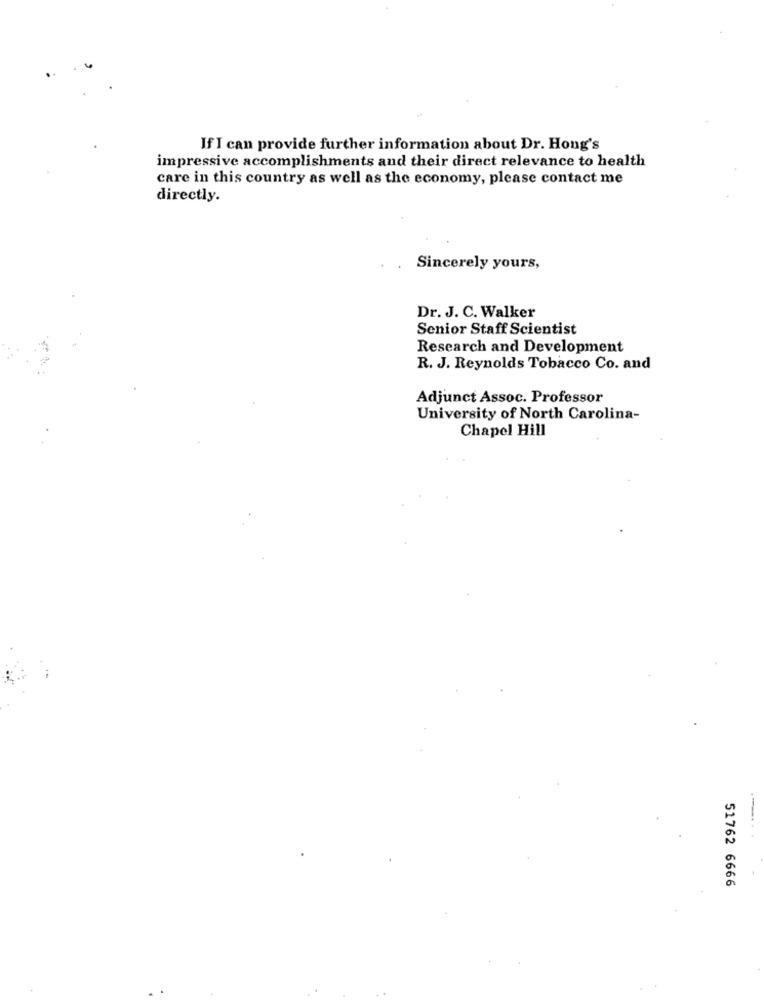
If I can provide further information about Dr. Hong's
impressive accomplishments and their direct relevance to health
care in this country as well as the economy, please contact me
directly.
Sincerely yours,
Dr. J. C. Walker
Senior Staff Scientist
Research and Development
R. J. Reynolds Tobacco Co. and
Adjunct Assoc. Professor
University of North Carolina-
Chapel Hill
51762 6666